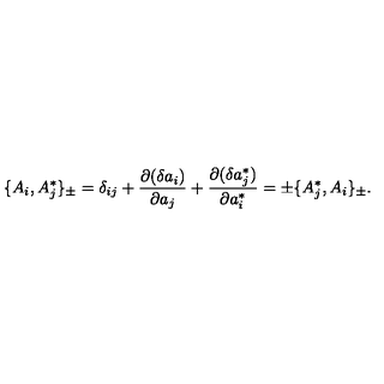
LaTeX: \{ A _ { i } , A _ { j } ^ { * } \} _ { \pm } = \delta _ { i j } + { \frac { \partial ( \delta a _ { i } ) } { \partial a _ { j } } } + { \frac { \partial ( \delta a _ { j } ^ { * } ) } { \partial a _ { i } ^ { * } } } = \pm \{ A _ { j } ^ { * } , A _ { i } \} _ { \pm } .